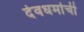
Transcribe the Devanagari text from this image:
देवधर्माची